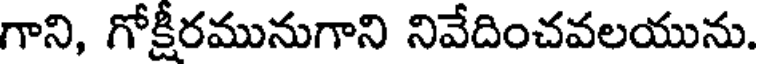
గాని, గోక్షీరమునుగాని నివేదించవలయును.